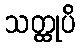
သတ္ထုပိ